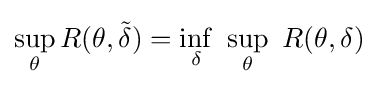
\sup _{\theta }R(\theta ,{\tilde {\delta }})=\inf _{\delta }\ \sup _{\theta }\ R(\theta ,\delta )\